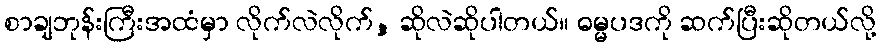
စာချဘုန်းကြီးအထံမှာ လိုက်လဲလိုက်, ဆိုလဲဆိုပါတယ်။ ဓမ္မပဒကို ဆက်ပြီးဆိုတယ်လို့